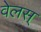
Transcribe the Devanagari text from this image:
वेलस्